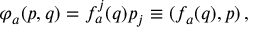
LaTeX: \varphi _ { a } ( p , q ) = f _ { a } ^ { j } ( q ) p _ { j } \equiv ( f _ { a } ( q ) , p ) \, ,